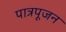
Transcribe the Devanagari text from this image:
पात्रपूजन